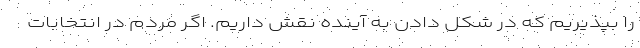
را بپذيريم كه در شكل دادن به آينده نقش داريم. اگر مردم در انتخابات